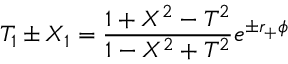
T _ { 1 } \pm X _ { 1 } = { \frac { 1 + X ^ { 2 } - T ^ { 2 } } { 1 - X ^ { 2 } + T ^ { 2 } } } e ^ { \pm r _ { + } \phi }